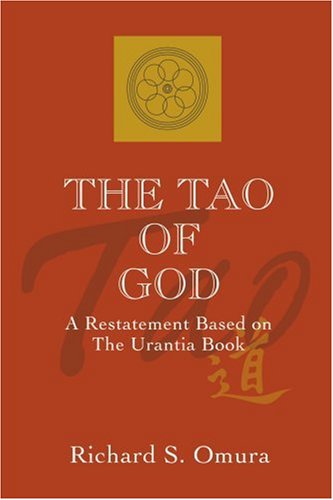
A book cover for The Tao of God: A Restatement Based on The Urantia Book; Richard Omura; Religion & Spirituality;